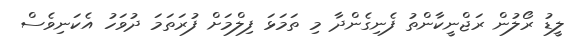
ލީޑު ރޯލުން ރަޖްނީކާންތު ފެނިގެންދާ މި ތަމަޅަ ފިލްމަށް ފުރަތަމަ ދުވަހު އެކަނިވެސް